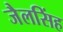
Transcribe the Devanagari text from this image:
जैलसिंह